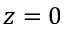
z = 0